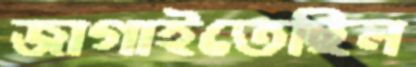
জাগাইতেছিল